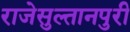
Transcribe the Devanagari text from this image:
राजेसुल्तानपुरी